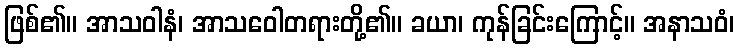
ဖြစ်၏။ အာသဝါနံ၊ အာသဝေါတရားတို့၏။ ခယာ၊ ကုန်ခြင်းကြောင့်။ အနာသဝံ၊